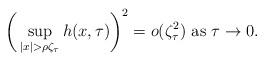
LaTeX: \begin{align*} \bigg(\sup_{|x|> \rho\zeta_{\tau}}h(x,\tau)\bigg)^2=o(\zeta_{\tau}^2) \mbox{ as } \tau\rightarrow 0.\end{align*}